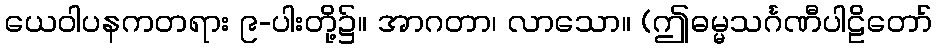
ယေဝါပနကတရား ၉-ပါးတို့၌။ အာဂတာ၊ လာသော။ (ဤဓမ္မသင်္ဂဏီပါဠိတော်